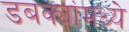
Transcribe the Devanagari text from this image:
डबक्यांमध्ये